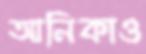
আনিকাও